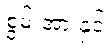
စွမ်းအားနှင့်